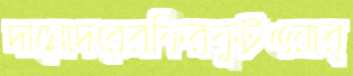
দামোদরেরফিরফুটওয়ার্